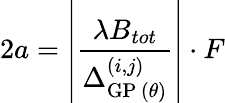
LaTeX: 2a=\left|\frac{\lambda B_{tot}}{\Delta_{\mathrm{GP}\, (\theta)}^{(i,j)}}\right|\cdot F